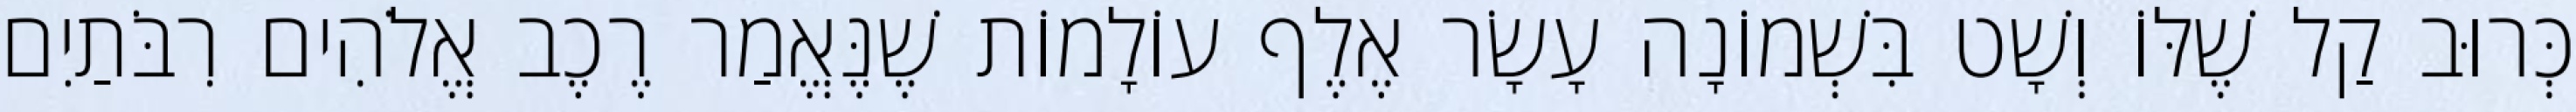
כְּרוּב קַל שֶׁלּוֹ וְשָׁט בִּשְׁמוֹנָה עָשָׂר אֶלֶף עוֹלָמוֹת שֶׁנֶּאֱמַר רֶכֶב אֱלֹהִים רִבֹּתַיִם